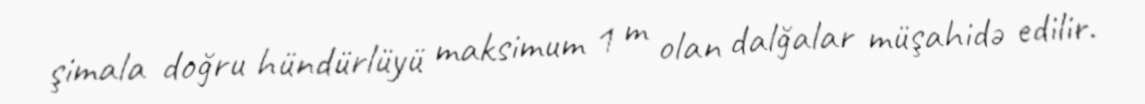
şimala doğru hündürlüyü maksimum 1 m olan dalğalar müşahidə edilir.